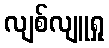
လျစ်လျူရှု